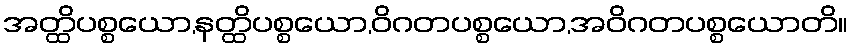
အတ္ထိပစ္စယော,နတ္ထိပစ္စယော,ဝိဂတပစ္စယော,အဝိဂတပစ္စယောတိ။